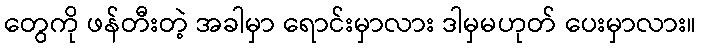
တွေကို ဖန်တီးတဲ့ အခါမှာ ရောင်းမှာလား ဒါမှမဟုတ် ပေးမှာလား။